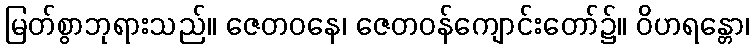
မြတ်စွာဘုရားသည်။ ဇေတဝနေ၊ ဇေတဝန်ကျောင်းတော်၌။ ဝိဟရန္တော၊